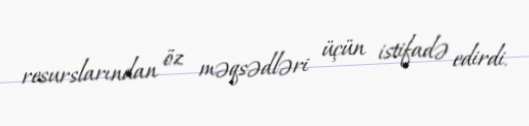
resurslarından öz məqsədləri üçün istifadə edirdi.